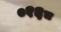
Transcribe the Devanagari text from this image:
०१६८